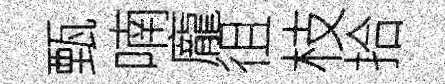
甄喃龐徂枝拾